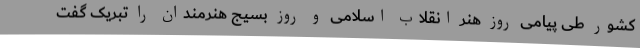
کشور طی پیامی روز هنر انقلاب اسلامی و روز بسیج هنرمندان را تبریک گفت